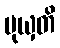
မုယှတိ